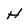
Character: H